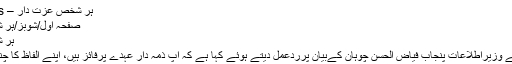
ہر شخص عزت دار – Khouj News
صفحہ اول/شوبز/ہر شخص عزت دار
ہر شخص عزت دار
اداکارہ نرگس نے وزیراطلاعات پنجاب فیاض الحسن چوہان کےبیان پرردعمل دیتے ہوئے کہا ہے کہ آپ ذمہ دار عہدے پرفائز ہیں، اپنے الفاظ کا چناؤ درست کریں۔